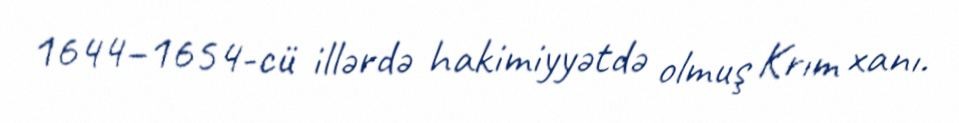
1644–1654-cü illərdə hakimiyyətdə olmuş Krım xanı.